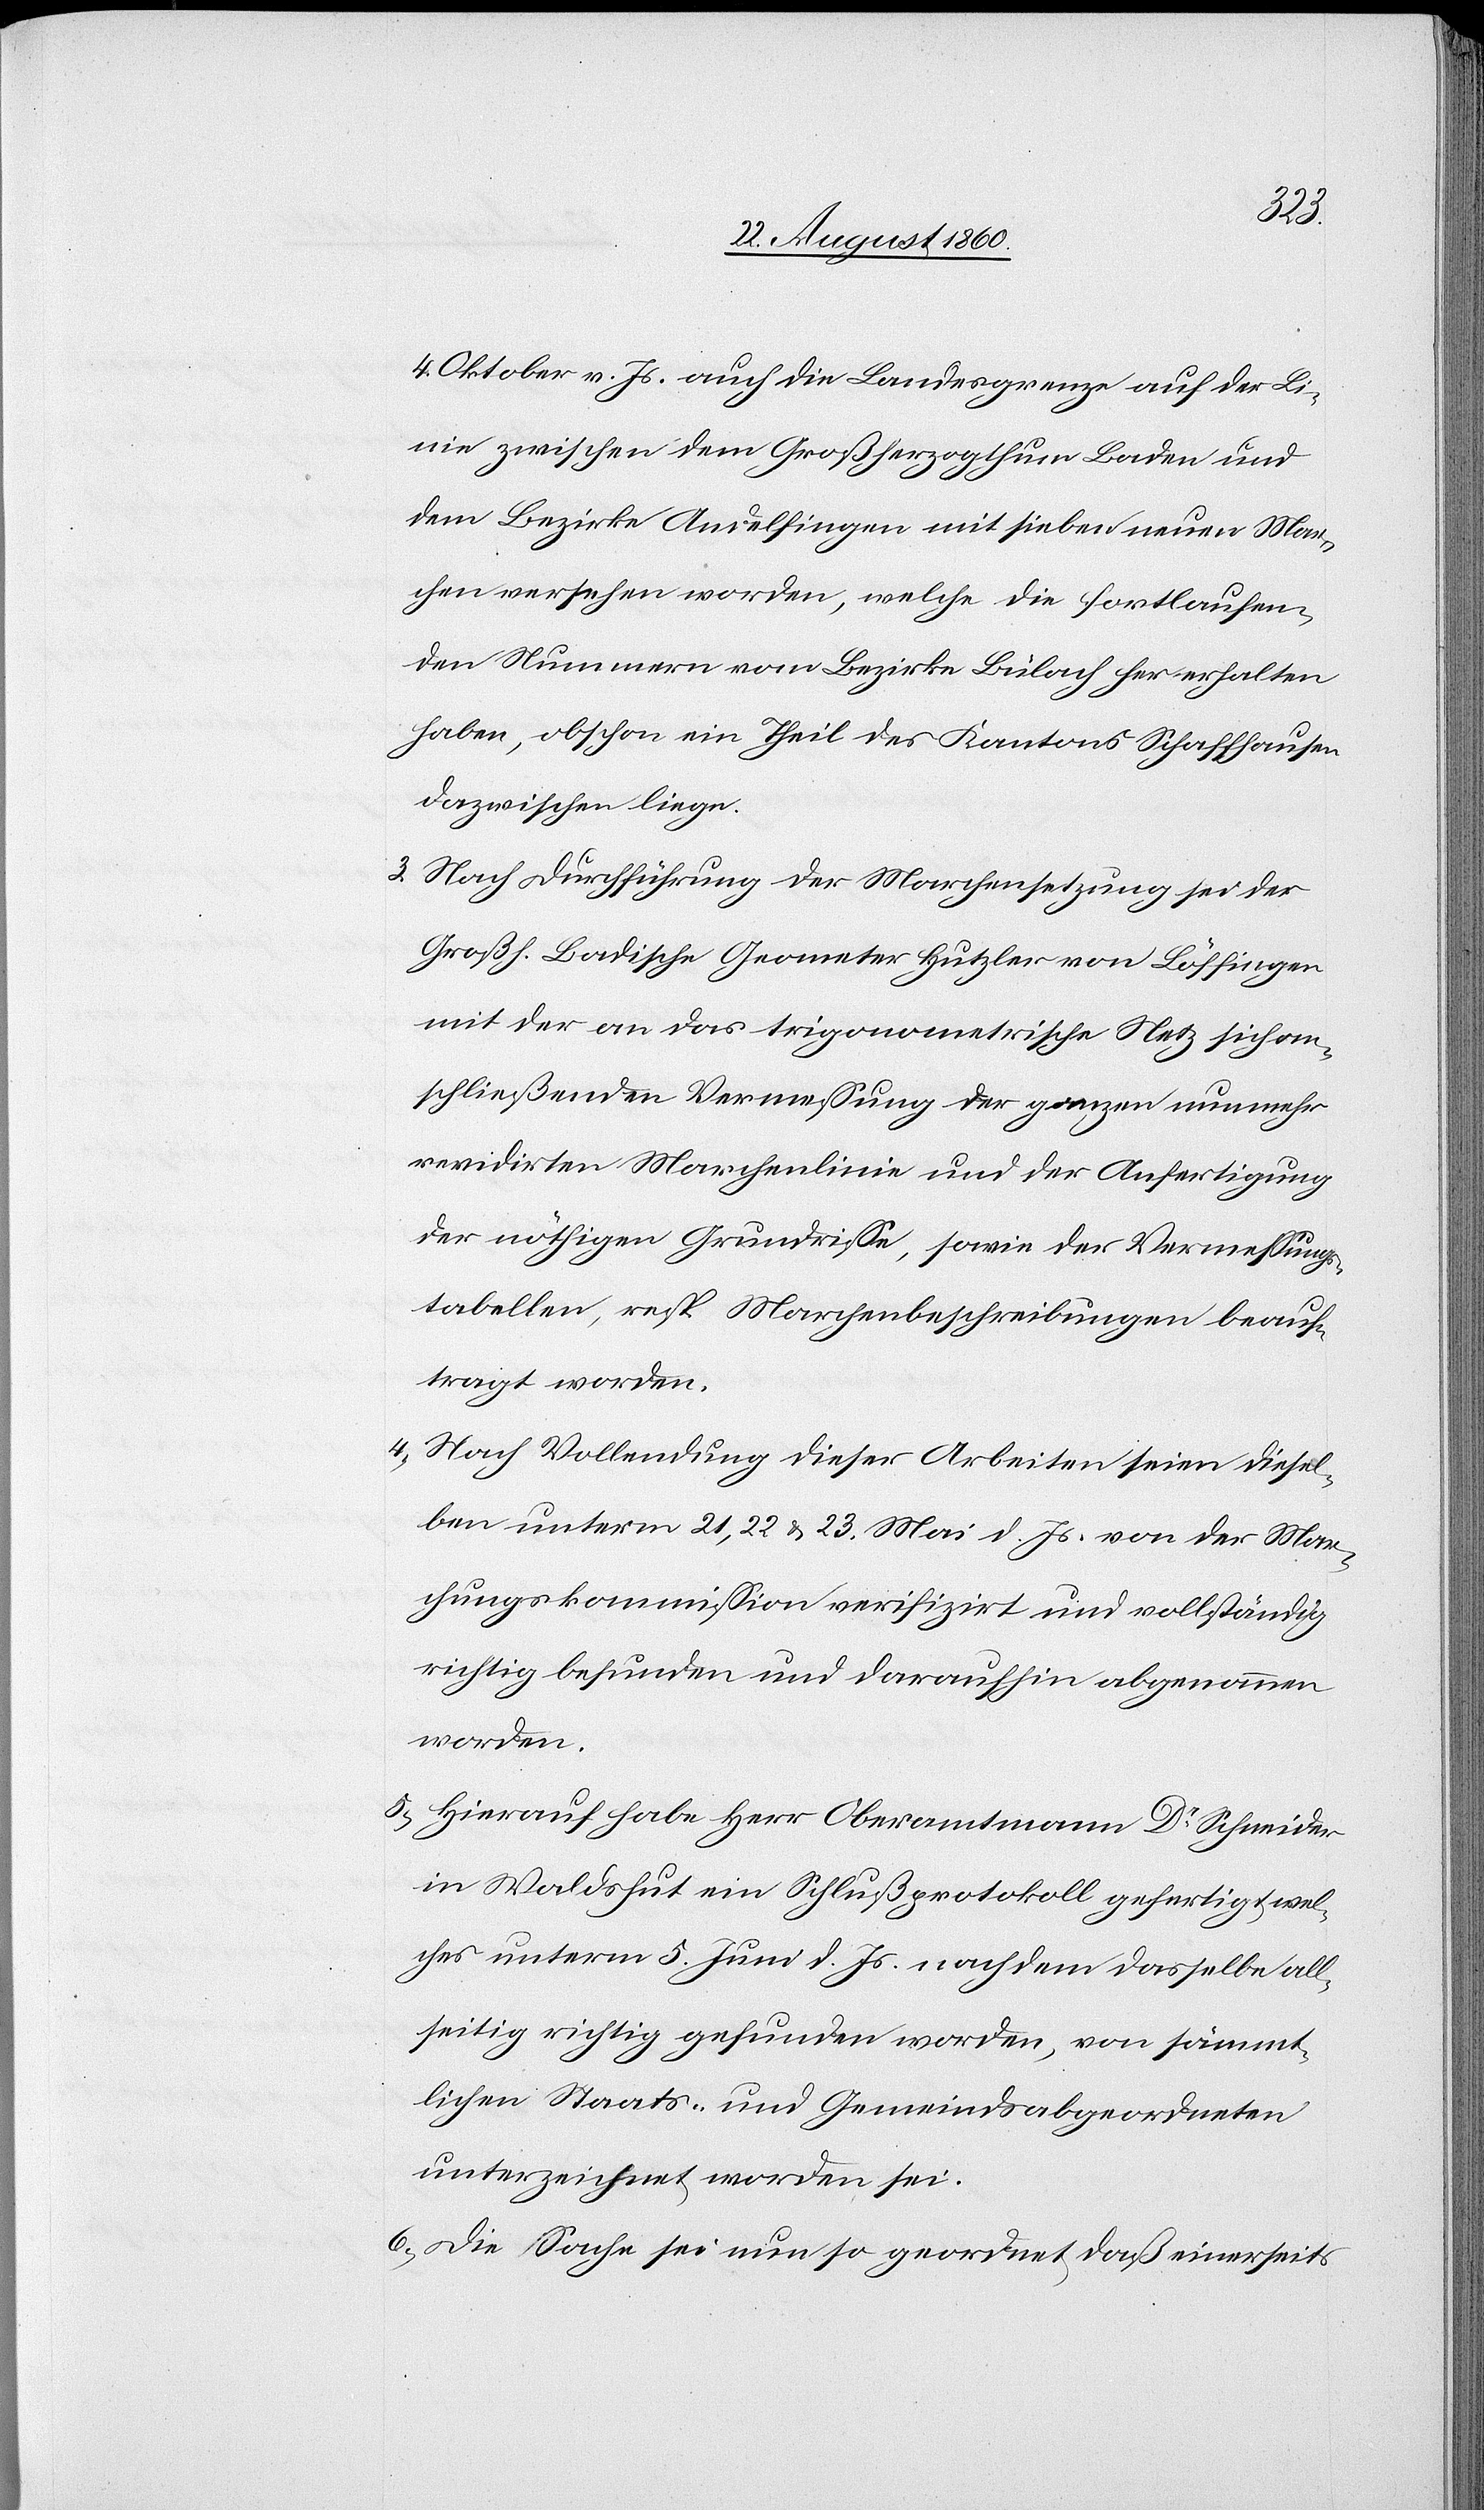
4. Oktober v. Js. auch die Landesgrenze auf der Li¬
nie zwischen dem Grossherzogthum Baden u.
dem Bezirke Andelfingen mit 7 neuen Mar¬
chen versehen worden, welche die fortlaufen¬
den Nummern vom Bezirke Bülach hier erhalten
haben, obschon ein Theil des Kantons Schaffhausen
dazwischen liege.
3) Nach Durchführung der Machensetzung sei der
Grossh. Badische Geometer Hutzler von Löffingen
mit der an das trigonometrische Netz sich an¬
schliessenden Vermessung der ganzen nunmehr
revidirten Marchenlinie und der Anfertigung
der nöthigen Grundrisse, sowie der Vermessungs¬
tabellen, resp. Marchenbeschreibungen beauf¬
tragt worden.
4) Nach Vollendung dieser Arbeiten seien diesel¬
ben unterm 21, 22 u. 23. Mai d. Js. von der Mar¬
chungskommission verifizirt und vollständig
richtig befunden und daraufhin abgenommen
worden.
5) Hierauf habe Hr. Oberamtmann Dr Schneider
in Waldshut ein Schlussprotokoll gefertigt, wel¬
ches unterm 5. Juni d. Js., nachdem dasselbe all¬
seitig richtig gefunden worden, von sämmt¬
lichen Staats- u. Gemeindsabgeordneten
unterzeichnet worden sei.
6) Die Sache sei nun so geordnet, dass einerseits